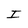
Character: I